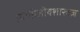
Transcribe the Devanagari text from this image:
प्राणीजीवशास्त्रज्ञ